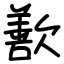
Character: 歚